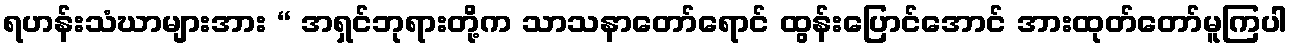
ရဟန်းသံဃာများအား “ အရှင်ဘုရားတို့က သာသနာတော်ရောင် ထွန်းပြောင်အောင် အားထုတ်တော်မူကြပါ